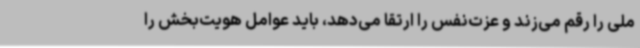
ملی را رقم می‌زند و عزت‌نفس را ارتقا می‌دهد، باید عوامل هویت‌بخش را